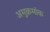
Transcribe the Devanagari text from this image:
अमुक्रमांक